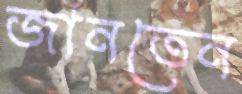
জানতেন